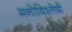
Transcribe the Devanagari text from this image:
मनोविश्लेषी